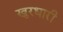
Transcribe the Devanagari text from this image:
खुरधारी